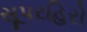
સૂપરહિરો